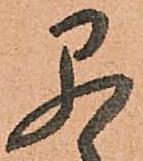
早